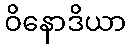
ဝိနောဒိယာ